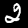
Label: 2